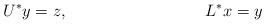
LaTeX: \begin{align*} U^* y &= z, & L^* x &= y\end{align*}